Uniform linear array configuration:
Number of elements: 48
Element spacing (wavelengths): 0.75
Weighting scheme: uniform
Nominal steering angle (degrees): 60
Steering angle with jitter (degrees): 61.531
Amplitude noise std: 0.05
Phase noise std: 0.05

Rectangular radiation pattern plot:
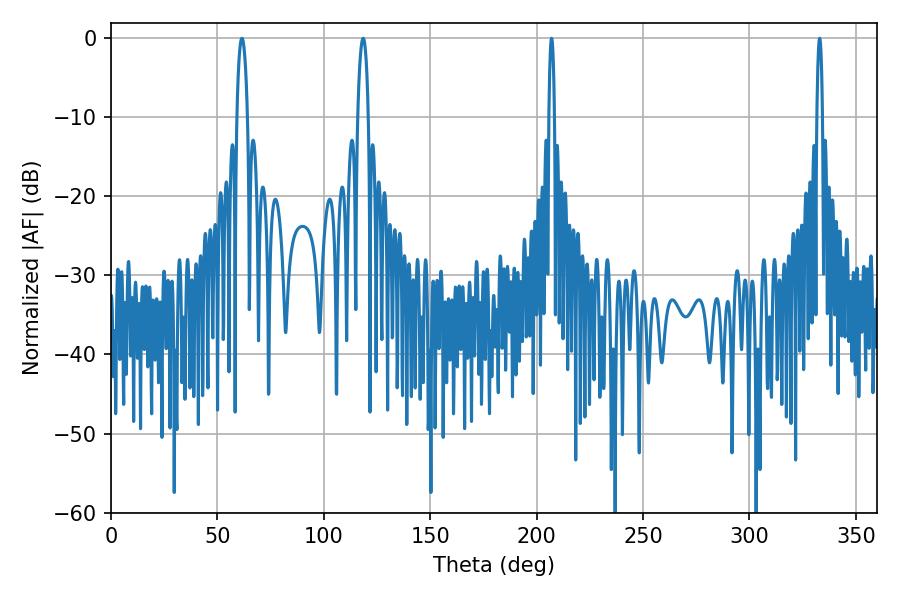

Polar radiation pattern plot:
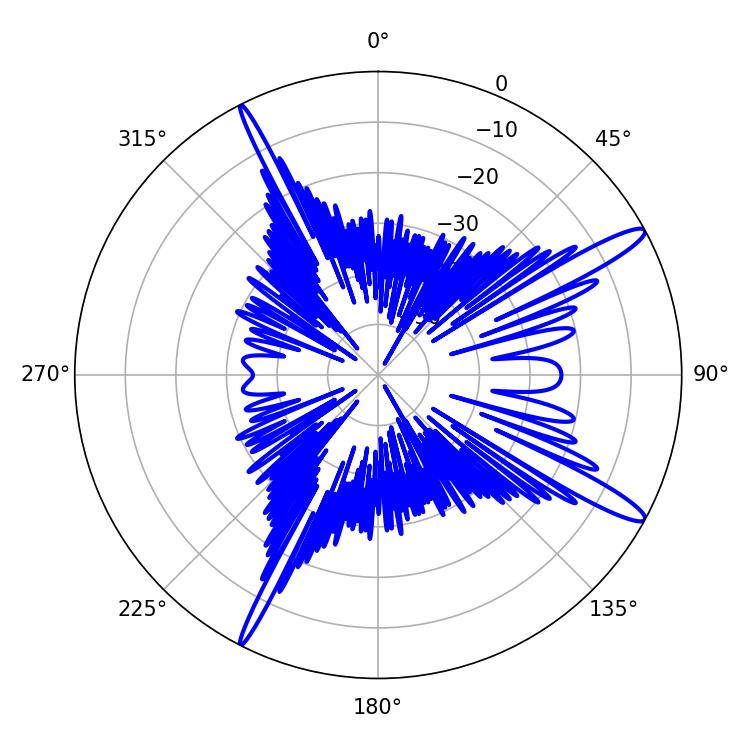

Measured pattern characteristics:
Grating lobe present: TRUE
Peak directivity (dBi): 14.321
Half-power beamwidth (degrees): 2.88
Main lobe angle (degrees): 61.56